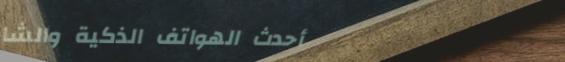
أحدث الهواتف الذكية والشا